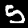
Label: 5